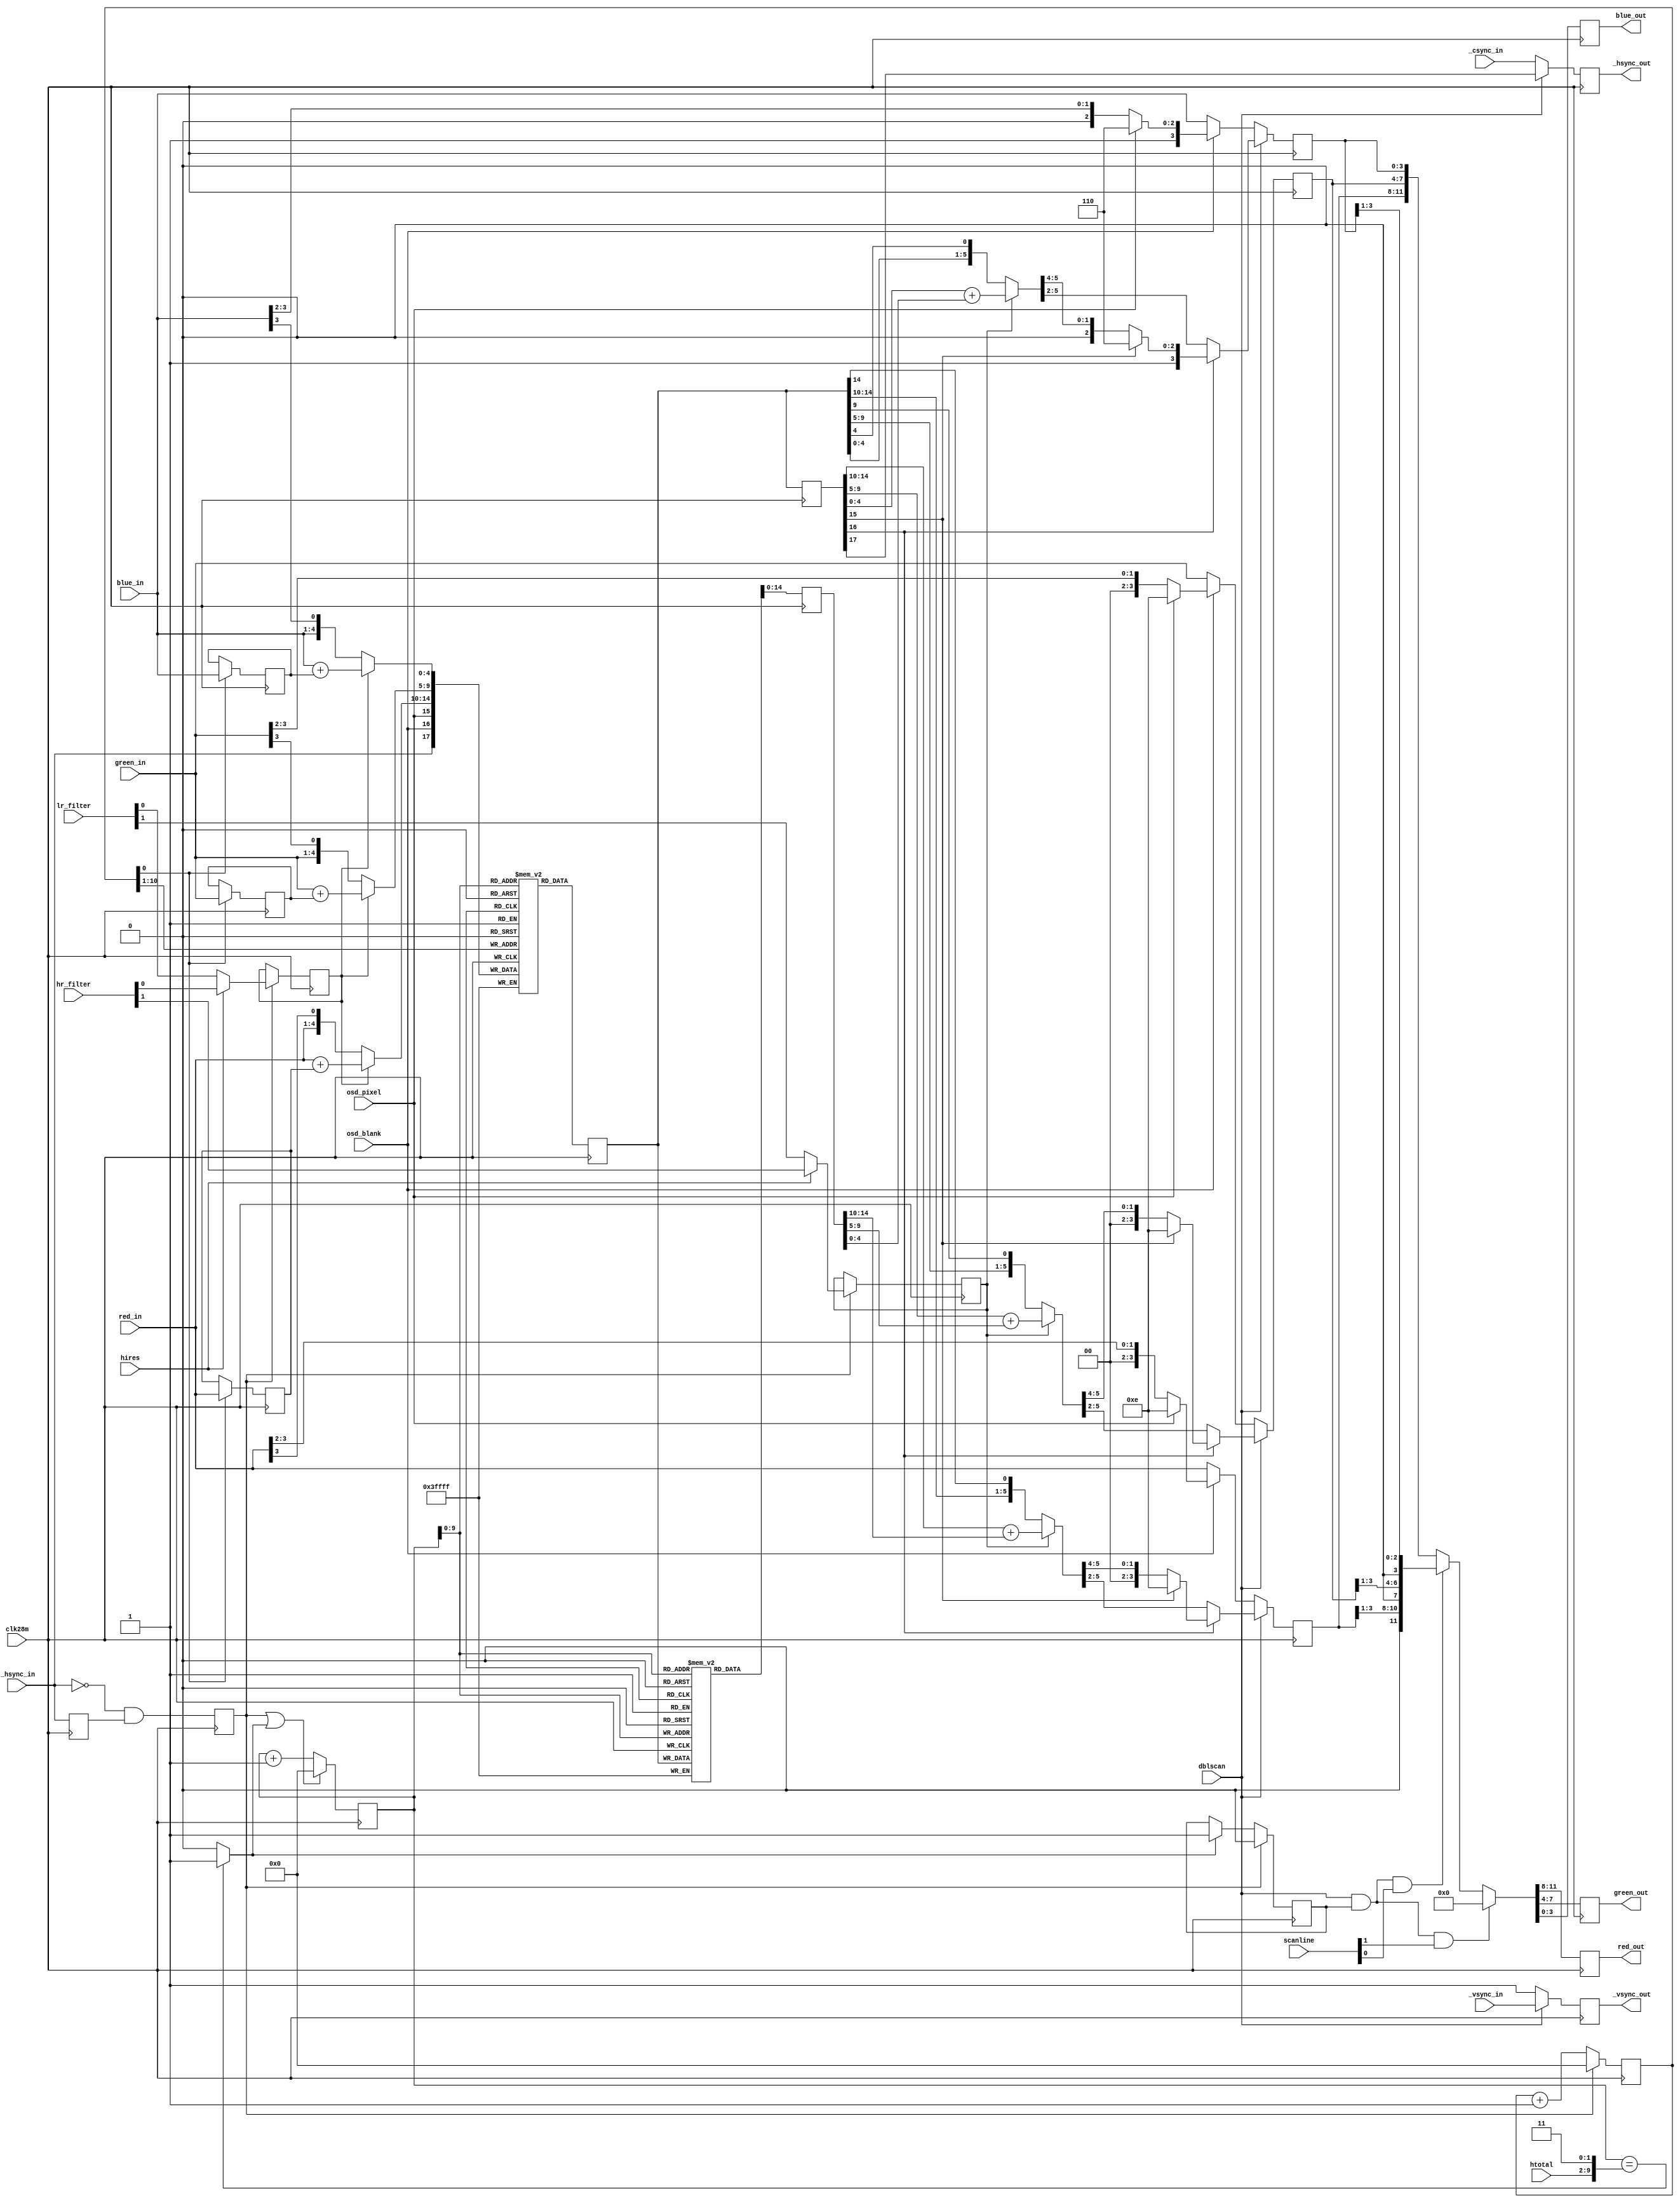
// Copyright 2006, 2007 Dennis van Weeren
//
// This file is part of Minimig
//
// Minimig is free software; you can redistribute it and/or modify
// it under the terms of the GNU General Public License as published by
// the Free Software Foundation; either version 3 of the License, or
// (at your option) any later version.
//
// Minimig is distributed in the hope that it will be useful,
// but WITHOUT ANY WARRANTY; without even the implied warranty of
// MERCHANTABILITY or FITNESS FOR A PARTICULAR PURPOSE.  See the
// GNU General Public License for more details.
//
// You should have received a copy of the GNU General Public License
// along with this program.  If not, see <http://www.gnu.org/licenses/>.
//
//
//
// This is Amber
// Amber is a scandoubler to allow connection to a VGA monitor. 
// In addition, it can overlay an OSD (on-screen-display) menu.
// Amber also has a pass-through mode in which
// the video output can be connected to an RGB SCART input.
// The meaning of _hsync_out and _vsync_out is then:
// _vsync_out is fixed high (for use as RGB enable on SCART input).
// _hsync_out is composite sync output.
//
// 10-01-2006	- first serious version
// 11-01-2006	- done lot's of work, Amber is now finished
// 29-12-2006	- added support for OSD overlay
// ----------
// JB:
// 2008-02-26	- synchronous 28 MHz version
// 2008-02-28	- horizontal and vertical interpolation
// 2008-02-02	- hfilter/vfilter inputs added, unused inputs removed
// 2008-12-12	- useless scanline effect implemented
// 2008-12-27	- clean-up
// 2009-05-24	- clean-up & renaming
// 2009-08-31	- scanlines synthesis option
// 2010-05-30	- htotal changed

`define SCANLINES

module Amber
(	
	input 	clk28m,
	input	[1:0] lr_filter,		//interpolation filters settings for low resolution
	input	[1:0] hr_filter,		//interpolation filters settings for high resolution
	input	[1:0] scanline,			//scanline effect enable
	input	[8:1] htotal,			//video line length
	input	hires,					//display is in hires mode (from bplcon0)
	input	dblscan,				//enable VGA output (enable scandoubler)
	input	osd_blank,				//OSD overlay enable (blank normal video)
	input	osd_pixel,				//OSD pixel(video) data
	input 	[3:0] red_in, 			//red componenent video in
	input 	[3:0] green_in,  		//green component video in
	input 	[3:0] blue_in,			//blue component video in
	input	_hsync_in,				//horizontal synchronisation in
	input	_vsync_in,				//vertical synchronisation in
	input	_csync_in,				//composite synchronization in
	output 	reg [3:0] red_out, 		//red componenent video out
	output 	reg [3:0] green_out,  	//green component video out
	output 	reg [3:0] blue_out,		//blue component video out
	output	reg _hsync_out,			//horizontal synchronisation out
	output	reg _vsync_out			//vertical synchronisation out
);

//local signals
reg 	[3:0] t_red;
reg 	[3:0] t_green;
reg 	[3:0] t_blue;

reg 	[3:0] red_del;				//delayed by 70ns for horizontal interpolation
reg 	[3:0] green_del;			//delayed by 70ns for horizontal interpolation
reg 	[3:0] blue_del;				//delayed by 70ns for horizontal interpolation

wire 	[4:0] r_h;				//signal after horizontal interpolation
wire	[4:0] g_h;				//signal after horizontal interpolation
wire 	[4:0] b_h;				//signal after horizontal interpolation

reg		_hsync_in_del;				//delayed horizontal synchronisation input
reg		hss;						//horizontal sync start
wire	eol;						//end of scan-doubled line

reg		hfilter;					//horizontal interpolation enable
reg		vfilter;					//vertical interpolation enable
	
reg		scanline_ena;				//signal active when the scan-doubled line is displayed
reg   do_scanline;

//-----------------------------------------------------------------------------//

// local horizontal counters for scan doubling
reg		[10:0] wr_ptr;				//line buffer write pointer
reg		[10:0] rd_ptr;				//line buffer read pointer


// delayed hsync for edge detection
always @(posedge clk28m)
	_hsync_in_del <= _hsync_in;


// horizontal sync start	(falling edge detection)
always @(posedge clk28m)
	hss <= ~_hsync_in & _hsync_in_del;


// pixels delayed by one hires pixel for horizontal interpolation
always @(posedge clk28m)
	if (wr_ptr[0])	//sampled at 14MHz (hires clock rate)
		begin
			red_del <= red_in;
			green_del <= green_in;
			blue_del <= blue_in;
		end


// horizontal interpolation
// TODO rounding
// TODO sharper interpolation
assign r_h = hfilter ? ({1'b0, red_in}   + {1'b0, red_del})   : {red_in[3:0]  , red_in[3]};   // extend 4 to 5 bits
assign g_h = hfilter ? ({1'b0, green_in} + {1'b0, green_del}) : {green_in[3:0], green_in[3]}; // extend 4 to 5 bits
assign b_h = hfilter ? ({1'b0, blue_in}  + {1'b0, blue_del})  : {blue_in[3:0] , blue_in[3]};  // extend 4 to 5 bits


// line buffer write pointer
always @(posedge clk28m)
	if (hss)
		wr_ptr <= 11'd0;
	else
		wr_ptr <= wr_ptr + 11'd1;


//end of scan-doubled line
assign eol = rd_ptr=={htotal[8:1],2'b11} ? 1'b1 : 1'b0;


//line buffer read pointer
always @(posedge clk28m)
	if (hss || eol)
		rd_ptr <= 11'd0;
	else
		rd_ptr <= rd_ptr + 11'd1;

// scanline enable
always @(posedge clk28m)
	if (hss)
		scanline_ena <= 1'b0;
	else if (eol)
		scanline_ena <= 1'b1;

// do scanline
always @ (posedge clk28m)
  do_scanline <= #1 scanline[0] && scanline_ena;
		
//horizontal interpolation enable	
always @(posedge clk28m)
	if (hss)
		hfilter <= hires ? hr_filter[0] : lr_filter[0];		//horizontal interpolation enable


//vertical interpolation enable
always @(posedge clk28m)
	if (hss)
		vfilter <= hires ? hr_filter[1] : lr_filter[1];		//vertical interpolation enable

reg	[17:0] lbf [1023:0];	// line buffer for scan doubling (there are 908/910 hires pixels in every line)
reg [17:0] lbfo;			// line buffer output register
reg [17:0] lbfo2;			// compensantion for one clock delay of the second line buffer
reg	[17:0] lbfd [1023:0];	// delayed line buffer for vertical interpolation
reg [17:0] lbfdo;			// delayed line buffer output register


// line buffer write
always @(posedge clk28m)
	lbf[wr_ptr[10:1]] <= { _hsync_in, osd_blank, osd_pixel, r_h, g_h, b_h };


//line buffer read
always @(posedge clk28m)
	lbfo <= lbf[rd_ptr[9:0]];


//delayed line buffer write
always @(posedge clk28m)
	lbfd[rd_ptr[9:0]] <= lbfo;


//delayed line buffer read
always @(posedge clk28m)
	lbfdo <= lbfd[rd_ptr[9:0]];


//delayed line buffer pixel by one clock cycle
always @(posedge clk28m)
	lbfo2 <= lbfo;


// vertical interpolation
// TODO rounding
// TODO sharper interpolation - only interpolate if the difference between pixels is less than some treshold
wire [6-1:0] r_v, g_v, b_v;
assign r_v = vfilter ? ({1'b0, lbfo2[14:10]} + {1'b0, lbfdo[14:10]}) : {lbfo[14:10], lbfo[14]};
assign g_v = vfilter ? ({1'b0, lbfo2[ 9: 5]} + {1'b0, lbfdo[ 9: 5]}) : {lbfo[ 9: 5], lbfo[ 9]};
assign b_v = vfilter ? ({1'b0, lbfo2[ 4: 0]} + {1'b0, lbfdo[ 4: 0]}) : {lbfo[ 4: 0], lbfo[ 4]};


// output pixel generation - OSD mixer
always @(posedge clk28m)
begin
		_hsync_out <= dblscan ? lbfo2[17] : _csync_in;
		_vsync_out <= dblscan ? _vsync_in : 1'b1;

		if (~dblscan)
		begin  //pass through
			if (osd_blank) //osd window
			begin
				if (osd_pixel)	//osd text colour
				begin
					t_red    <= 4'b1110;
					t_green  <= 4'b1110;
					t_blue   <= 4'b1110;
				end
				else //osd background
				begin
					t_red    <= {2'b00, red_in[3:2]};
					t_green  <= {2'b00, green_in[3:2]};
					t_blue   <= {2'b10, blue_in[3:2]};
				end
			end
			else //no osd
			begin
					t_red    <= red_in;
					t_green  <= green_in;
					t_blue   <= blue_in;
			end
		end
		else
		begin // doublescan
			if (lbfo2[16]) //osd window
			begin
				if (lbfo2[15])	//osd text colour
				begin
					t_red    <= 4'b1110;
					t_green  <= 4'b1110;
					t_blue   <= 4'b1110;
				end
				else	//osd background
	  		begin //dimmed transparent background with vertical interpolation
					t_red    <= {2'b00, r_v[5:4]};
					t_green  <= {2'b00, g_v[5:4]};
					t_blue   <= {2'b10, b_v[5:4]};
				end
			end
			else	//no osd
			begin
				t_red    <= r_v[5:2];
				t_green  <= g_v[5:2];
				t_blue   <= b_v[5:2];
			end
		end
end


//scanlines effect
`ifdef SCANLINES 
always @(posedge clk28m)
	if (dblscan && scanline_ena && scanline[1])
		{red_out,green_out,blue_out} <= 12'h000;
	else if (dblscan && scanline_ena && scanline[0])
		{red_out,green_out,blue_out} <= {1'b0,t_red[3:1],1'b0,t_green[3:1],1'b0,t_blue[3:1]};
	else
		{red_out,green_out,blue_out} <= {t_red,t_green,t_blue};
`else
always @(t_red or t_green or t_blue)
	{red_out,green_out,blue_out} <= {t_red,t_green,t_blue};
`endif

endmodule